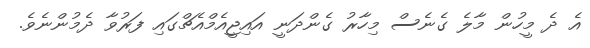
އެ ދެ މީހުން މާލެ ގެނެސް މިހާރު ގެންދަނީ އައިޖީއެމްއެޗްގައި ފަރުވާ ދެމުންނެވެ.